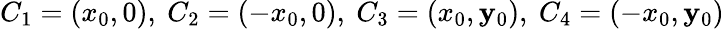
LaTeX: C_{1}=(x_{0},0),\ C_{2}=(-x_{0},0),\ C_{3}=(x_{0},\mathbf{y}_{0}),\ C_{4}=(-x_{0},\mathbf{y}_{0})